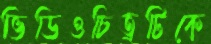
ভিডিওচিত্রটিকে